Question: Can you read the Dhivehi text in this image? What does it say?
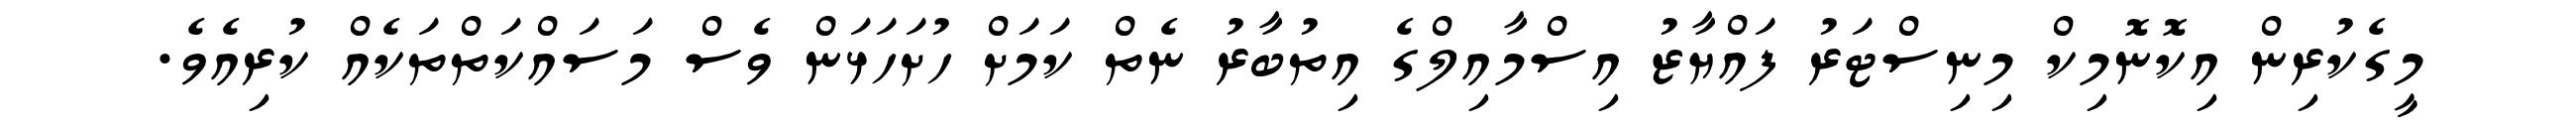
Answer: މީގެކުރިން އިކޮނޮމިކް މިނިސްޓަރު ފައްޔާޒު އިސްމާއިލްގެ އިތުބާރު ނެތް ކަމަށް ހުށަހަޅަން ވެސް މަސައްކަތްތަކެއް ކުރިއެވެ.